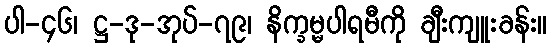
ပါ-၄၆၊ ဋ္ဌ-ဒု-အုပ်-၇၉၊ နိက္ခမ္မပါရမီကို ချီးကျူးခန်း။